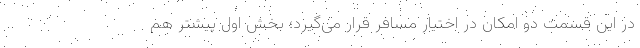
در این قسمت دو امکان در اختیار مسافر قرار می‌گیرد؛ بخش اول پیشتر هم